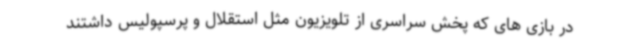
در بازی های که پخش سراسری از تلویزیون مثل استقلال و پرسپولیس داشتند